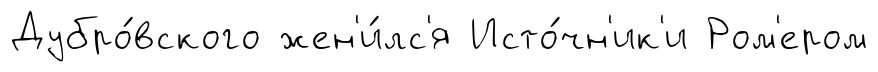
Дубро́вского жен'и́лс'я Исто́чн'ик'и Ром'ером